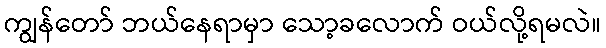
ကျွန်တော် ဘယ်နေရာမှာ သော့ခလောက် ဝယ်လို့ရမလဲ။